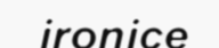
ironice